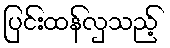
ပြင်းထန်လှသည့်